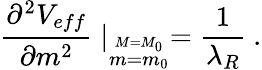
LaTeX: {\frac{\partial^{2}V_{eff}}{\partial m^{2}}}\mid_{\stackrel{M=M_{0}}{m=m_{0}}}={\frac{1}{\lambda_{R}}}~.